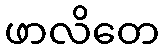
ဖာလိတေ